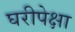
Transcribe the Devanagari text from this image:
घरीपेक्षा